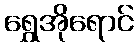
ရွှေအိုရောင်